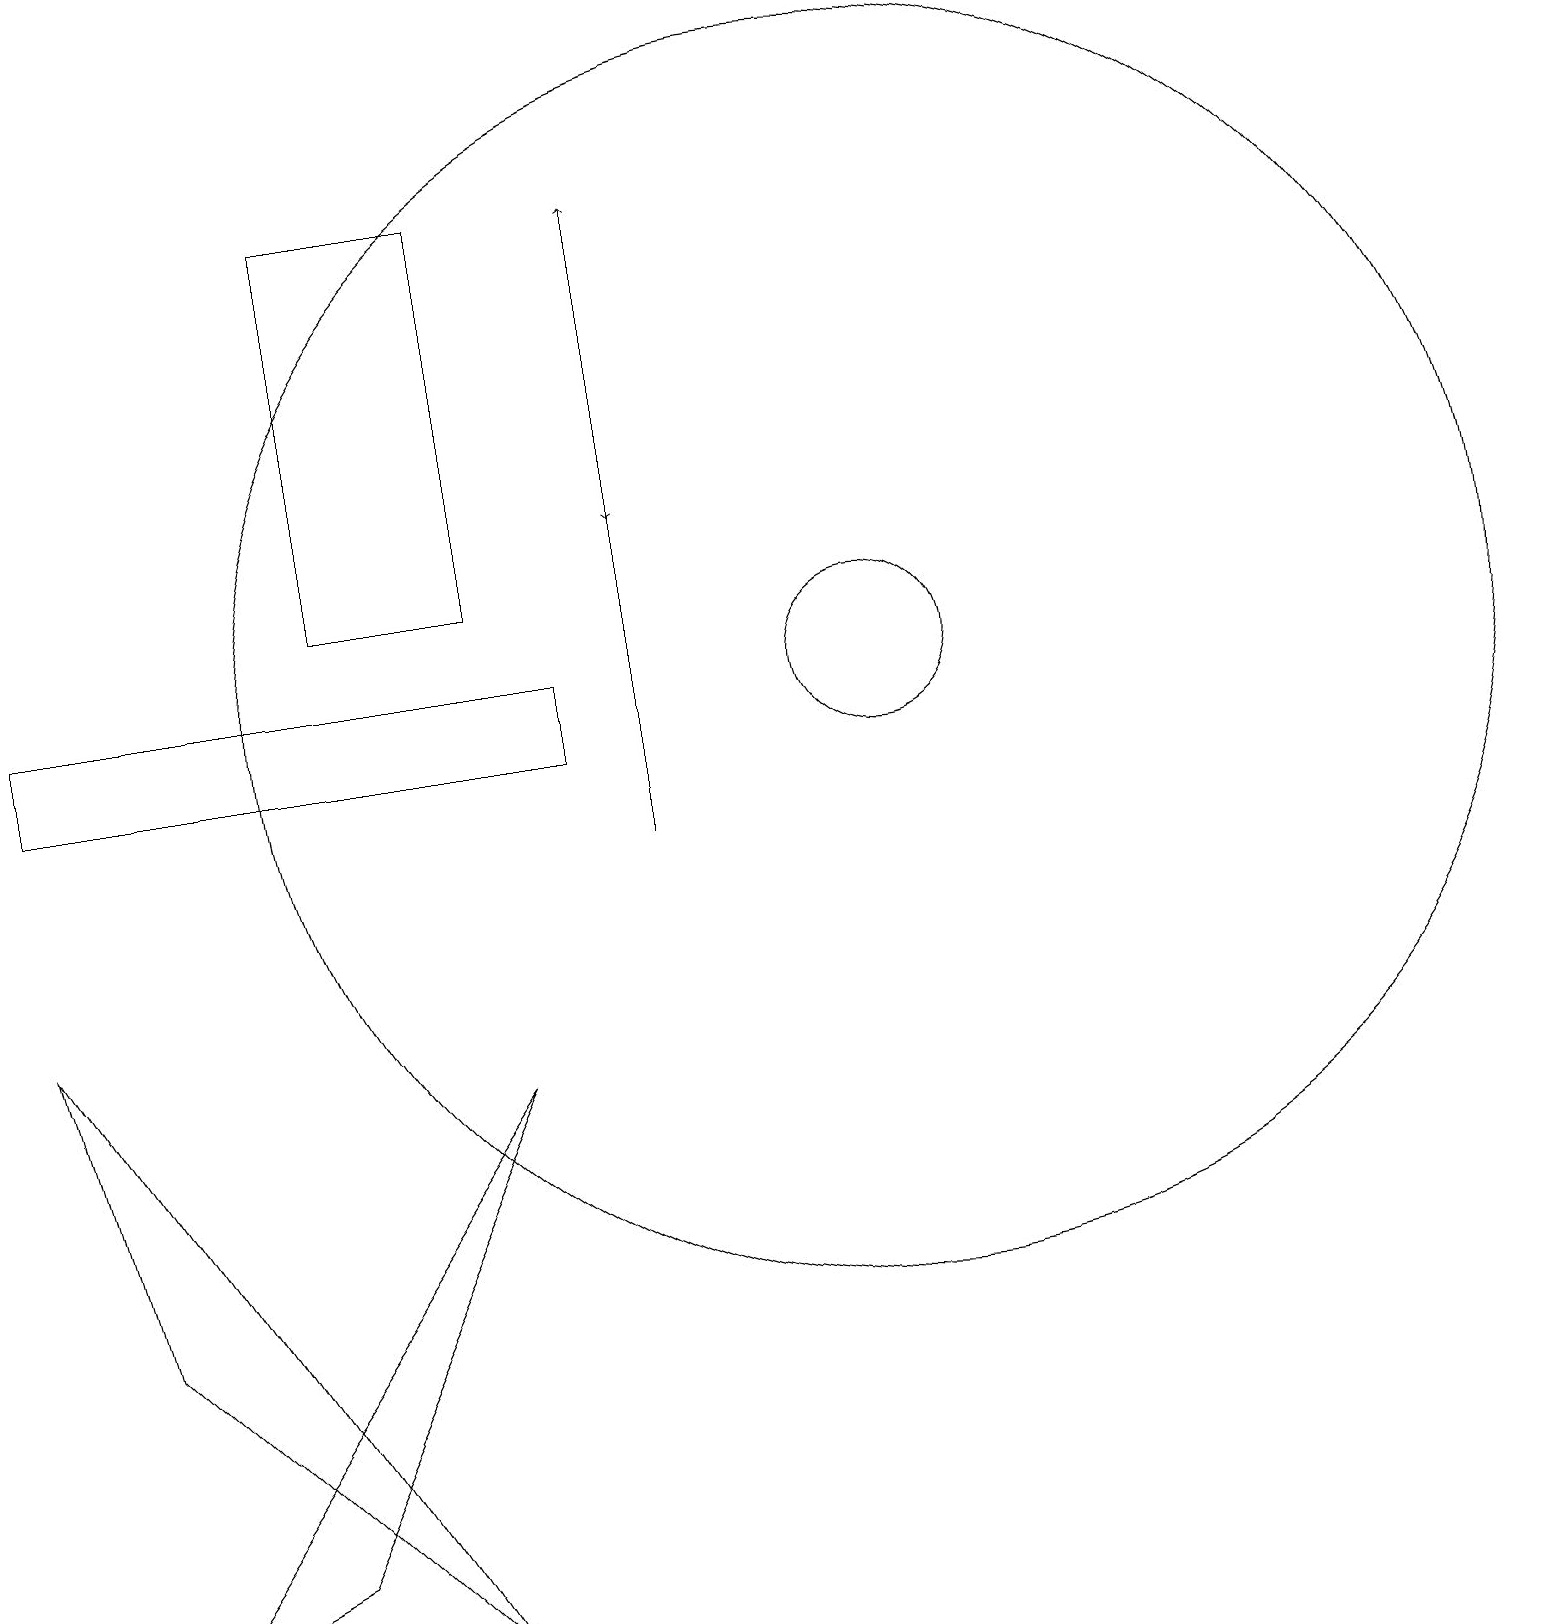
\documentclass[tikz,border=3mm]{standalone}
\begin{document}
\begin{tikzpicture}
\draw[->] (8,17) -- (8,14);
\draw (7,11) rectangle (0,12);
\draw (1,0) -- (6,7) -- (3,1) -- cycle;
\draw (11,12) circle (1);
\draw (11,12) circle (8);
\draw (6,13) rectangle (4,18);
\draw (0,8) -- (1,4) -- (5,0) -- cycle;
\draw[->] (8,10) -- (8,18);
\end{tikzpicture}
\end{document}